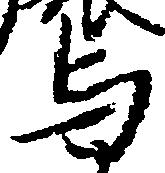
与